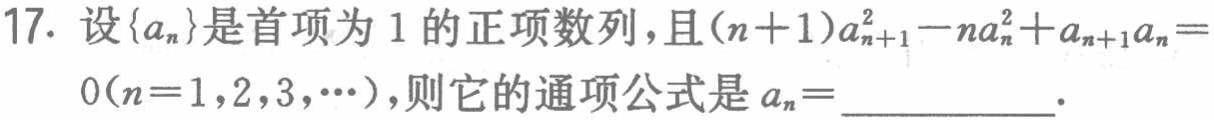
17. 设\(\{a_{n}\}\)是首项为\(1\)的正项数列，且\((n + 1)a_{n + 1}^{2}-na_{n}^{2}+a_{n + 1}a_{n}=0(n = 1,2,3,\cdots)\)，则它的通项公式是\(a_{n}=\underline{\quad\quad}\)．